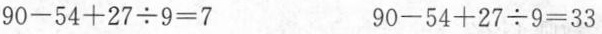
$$9 0 - 5 4 + 2 7 \div 9 = 7$$$$9 0 - 5 4 + 2 7 \div 9 = 3 3$$